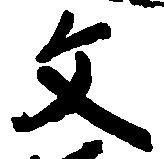
文